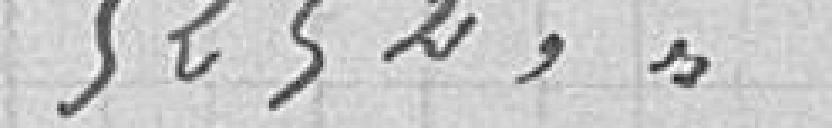
5252